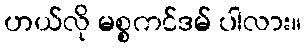
ဟယ်လို မစ္စကင်ဒမ် ပါလား။